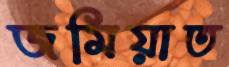
জমিয়াত